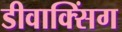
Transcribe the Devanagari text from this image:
डीवाक्सिंग